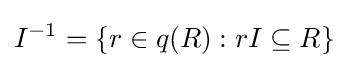
I^{-1}=\{r\in q(R):rI\subseteq R\}